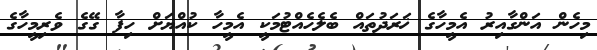
މިހެން އަންގާއިރު އެމީހާގެ ޚަރަދުތައް ބެލެހެއްޓުމަކީ އެމީހާ ކުއްޔަށް ހިފާ ގޭގެ ވެރިމީހާގެ